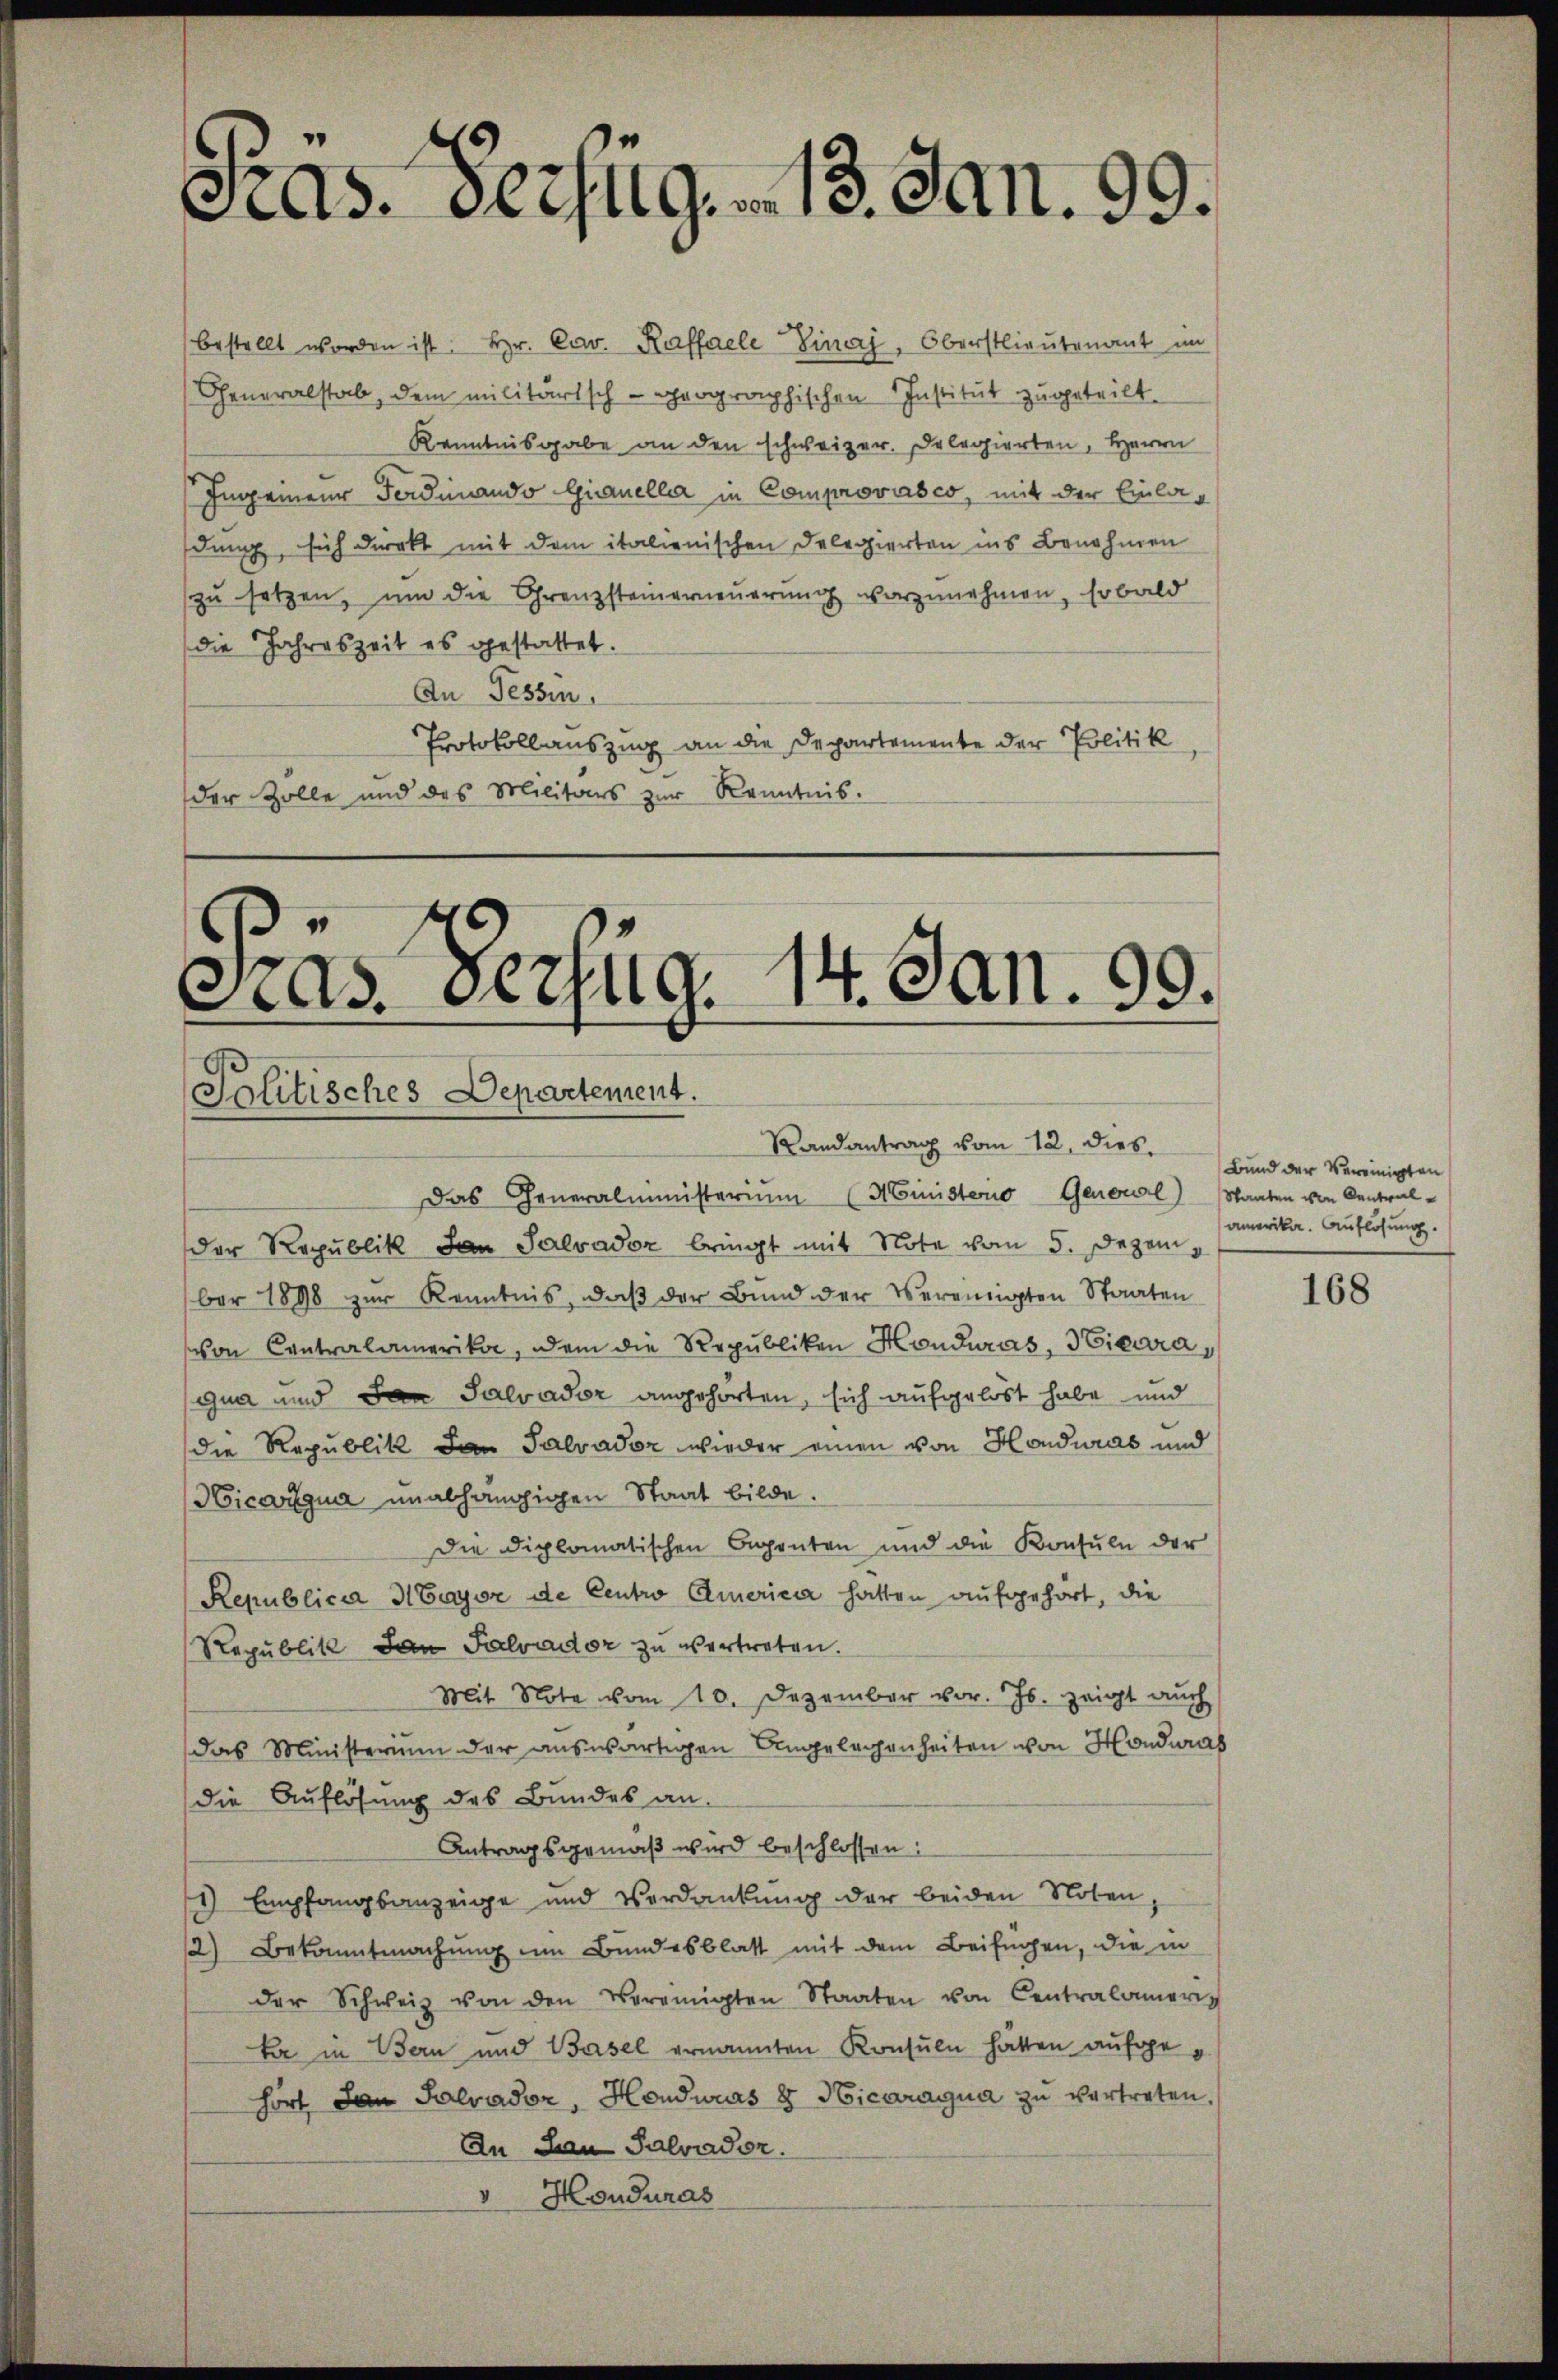
Pras. Bezug. 13. Jan. 99.

bestellt worden ist. Hr. Co. Kaffeele Linaj, Oberstlieutenant im
Generalstab, dem militärisch-prographischen Institut zugeteilt.
Kenntnisgabe an den schweizer. Delegierten, Herrn
Ingenieur Ferdinando Guanella in Comprovasco, mit der Einladung, sich direkt mit dem italienischen Delegierten ins Benehmen
zu setzen, um die Grenzsteinerneuerung vorzunehmen, sobald
die Jahreszeit es gestattet.
An Tessin,
Protokollauszug an die Departemente der Politik
der Zolle und des Militärs zŭr Kenntnis.

.
¬
Cas. Verzug. 1. Jan. 99.
Politisches Departement.
Randantrag vom 12. dies

der Republik an Salvador bringt mit Note vom 5. Dezem
ber 1898 zur Kenntnis, daβ der Bund der Vereinigten Staaten
on Centralamerika, dem die Republiken Honduras, Vicaragna und an Salvador angehörten, sich aufgelöst habe und
die Republik an Salvador wieder einen von Honduras und
Hicargua unabhängigen Staat bilde.
Die Diplomatischen Gegenten und die Konsuln der
Republica Hayor de Centro Americi hatten aufgehört, die
Republik an Salvador zu vertreten.
Mit Note vom 10. Dezember vor. Js. zeigt auch
das Ministerium der auswärtigen Angelegenheiten von Honduras
die Auflösung des Bundes an.
Antragsgemäß wird beschlossen:
1) Empfangsanzeige und Verdankŭng der beiden Noten,
2) Bekanntmachung im Bundesblatt mit dem Beifügen, die in
der Schweiz von den Vereinigten Staaten von Centralameris
kar in Bern und Basel ernannten Konsuln hatten aufgehört an Salvador, Hondwas 8 Hicaragua zu vertreten.
An den Salvaden.
v Honduras

Das Generalministerium (Ministerno Genowl) Staaten von Central¬

Bund der Vereinigten
amerika. Auflösung.

168